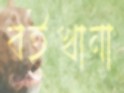
বইখানা